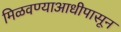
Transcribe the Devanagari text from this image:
मिळवण्याआधीपासून